Civil Veterinary Department Bihar & Orissa reports 1929-36 - 1929-1936
Year: 1929
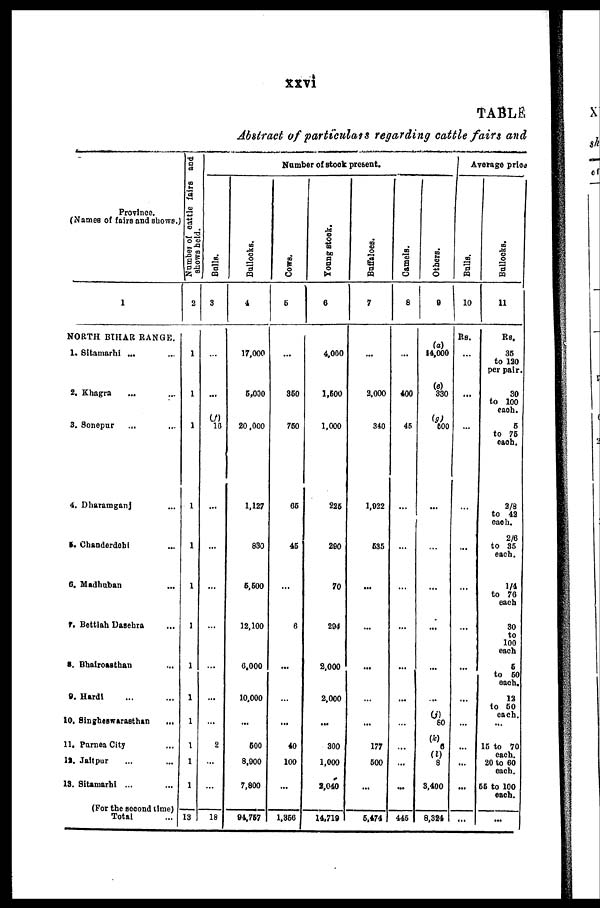
xxvi
TABLE
Abstract of particulars regarding cattle fairs and
Province.
(Names of fairs and shows.)
1
NORTH BIHAR RANGE.
1. Sitamarhi ... ...
2. Khagra ... ...
3. Sonepur
... ...
4. Dharamganj ...
5. Chanderdebi ...
6. Madhuban
...
7. Bettiah Dasehra ...
8. Bhairoasthan ...
9. Hardi ... ...
10. Singheswarasthan ...
11. Purnea City ...
12. Jaitpur ... ...
13. Sitamarhi ... ...
(For the second time)
Total
Number
of cattle fairs and
shows held.
2
1
1
1
1
1
1
1
1
1
1
1
1
1
13
Number of stock present.
Bulls.
3
...
...
(f)
10
...
...
...
...
...
...
...
2
...
...
18
Bullocks.
4
17,000
5,000
20,000
1.127
830
5,500
12,100
0.000
10,000
...
600
8,000
7,800
94,757
Cows.
6
...
360
760
65
46
...
6
...
...
...
40
100
...
1,360
Young stock.
6
4,000
1,500
1.000
226
290
70
294
2,000
2,000
...
300
1,000
2,040
14.719
Buffaloes.
7
...
2,000
340
1,022
535
...
...
...
...
...
177
500
...
5,474
Camels.
8
...
400
46
...
...
...
...
...
...
...
...
...
...
445
Others.
9
(a)
14,000
(e)
330
(3)
600
...
...
...
...
...
...
(j)
80
(k)
6
(l)
8
3,400
8,324
Average price
Bulls.
10
Rs.
...
...
...
...
...
...
...
...
...
...
...
...
...
...
Bullocks.
11
Rs.
36
to 130
per pair.
30
to 100
each.
6
to 76
each.
2/8
to 43
each.
2/6
to 35
each.
1/4
to 76
each
30
to
100
each
6
to 60
each.
12
to 60
each.
...
15 to 70
each.
20 to 60
each.
55 to 100
each.
...